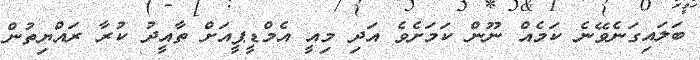
ބަލައިގަނެވޭނެ ކަމެއް ނޫން ކަމަށެވެ އަދި މިއީ އެމްޑީޕީއަށް ތާއީދު ކުރާ ރައްޔިތުން